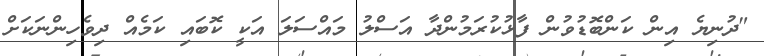
"ދުނިޔެ އިން ކަންބޮޑުވުން ފާޅުކުރަމުންދާ އަސްލު މައްސަލަ އަކީ ކޮބައި ކަމެއް ދިވެހިންނަކަށް